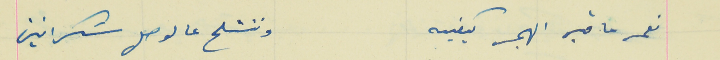
نعمه ما قبل الهجر كيفيه                                            وننشلح عالوصل سَكرانين